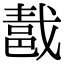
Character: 𨛚